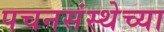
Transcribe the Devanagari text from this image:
पचनसंस्थेच्या